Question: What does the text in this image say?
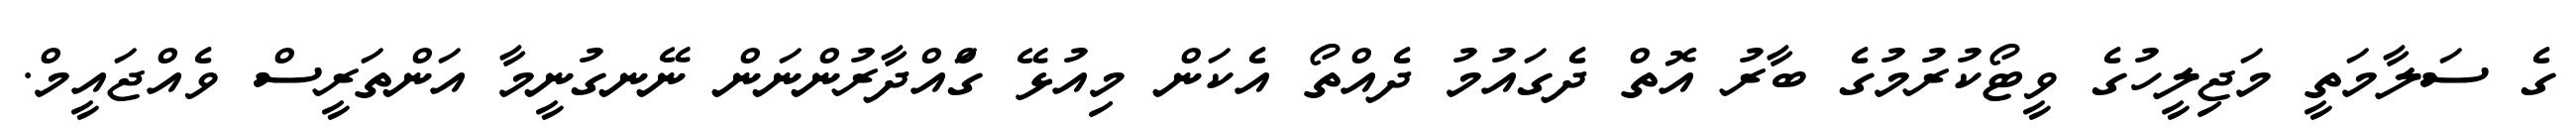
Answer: ގެ ސަލާމަތީ މަޖިލީހުގެ ވީޓޯކުރުމުގެ ބާރު އޮތް ދެގައުމު ދެއްތޯ އެކަން މިއުޅޭ ގަްއްދާރުންނަން ނޭނގުނީމާ އަންތަރީސް ވެއްޖައީމް.